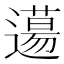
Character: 𨗪